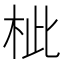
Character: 𣐑